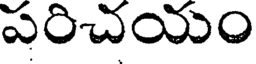
పరిచయం